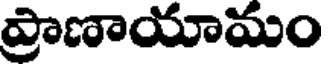
ప్రాణాయామం